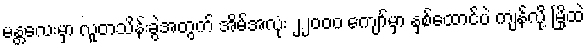
မန္တလေးမှာ လူတသိန်းခွဲအတွက် အိမ်အလုံး ၂၂၀၀၀ ကျော်မှာ နှစ်ထောင်ပဲ ကျန်လို့ မြို့ထဲ